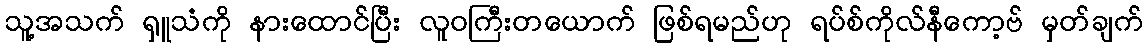
သူ့အသက် ရှူသံကို နားထောင်ပြီး လူဝကြီးတယောက် ဖြစ်ရမည်ဟု ရပ်စ်ကိုလ်နီကော့ဗ် မှတ်ချက်